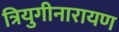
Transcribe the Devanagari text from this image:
त्रियुगीनारायण